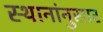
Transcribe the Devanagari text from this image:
स्थानांनुसार